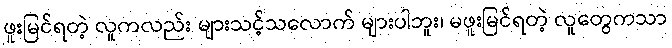
ဖူးမြင်ရတဲ့ လူကလည်း များသင့်သလောက် များပါဘူး၊ မဖူးမြင်ရတဲ့ လူတွေကသာ